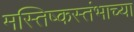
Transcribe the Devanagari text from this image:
मस्तिष्कस्तंभाच्या